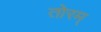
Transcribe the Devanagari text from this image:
तोरम्